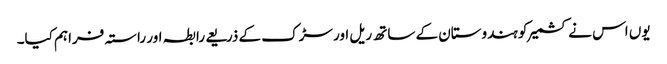
یوں اس نے کشمیر کو ہندوستان کے ساتھ ریل اور سڑک کے ذریعے رابطہ اور راستہ فراہم کیا۔